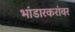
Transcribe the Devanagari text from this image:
भांडारकरांवर